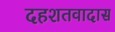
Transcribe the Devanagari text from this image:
दहशतवादास